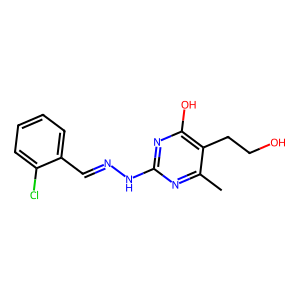
SMILES: Cc1nc(NN=Cc2ccccc2Cl)nc(O)c1CCO
Inhibits HIV replication: No